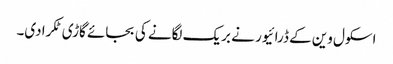
اسکول وین کے ڈرائیور نے بریک لگانے کی بجائے گاڑی ٹکرادی۔